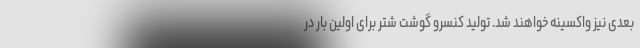
بعدی نیز واکسینه خواهند شد. تولید کنسرو گوشت شتر برای اولین بار در